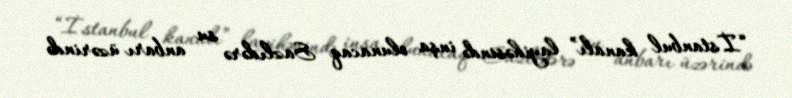
“İstanbul kanalı” layihəsində inşa olunacaq Sazlıdərə su anbarı üzərində